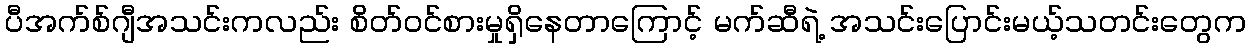
ပီအက်စ်ဂျီအသင်းကလည်း စိတ်ဝင်စားမှုရှိနေတာကြောင့် မက်ဆီရဲ့ အသင်းပြောင်းမယ့်သတင်းတွေက